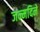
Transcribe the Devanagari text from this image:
जन्मदिने